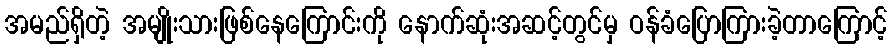
အမည်ရှိတဲ့ အမျိုးသားဖြစ်နေကြောင်းကို နောက်ဆုံးအဆင့်တွင်မှ ဝန်ခံပြောကြားခဲ့တာကြောင့်